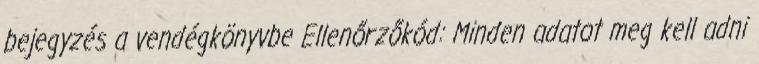
bejegyzés a vendégkönyvbe Ellenőrzőkód: Minden adatot meg kell adni